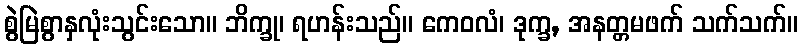
စွဲမြဲစွာနှလုံးသွင်းသော။ ဘိက္ခု၊ ရဟန်းသည်။ ကေဝလံ၊ ဒုက္ခ, အနတ္တမဖက် သက်သက်။